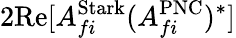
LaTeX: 2\mathrm{Re}[A_{fi}^{\mathrm{{Stark}}}(A_{fi}^{\mathrm{{PNC}}})^{*}]